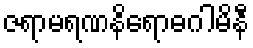
ဇရာမရဏနိရောဓဂါမိနီ